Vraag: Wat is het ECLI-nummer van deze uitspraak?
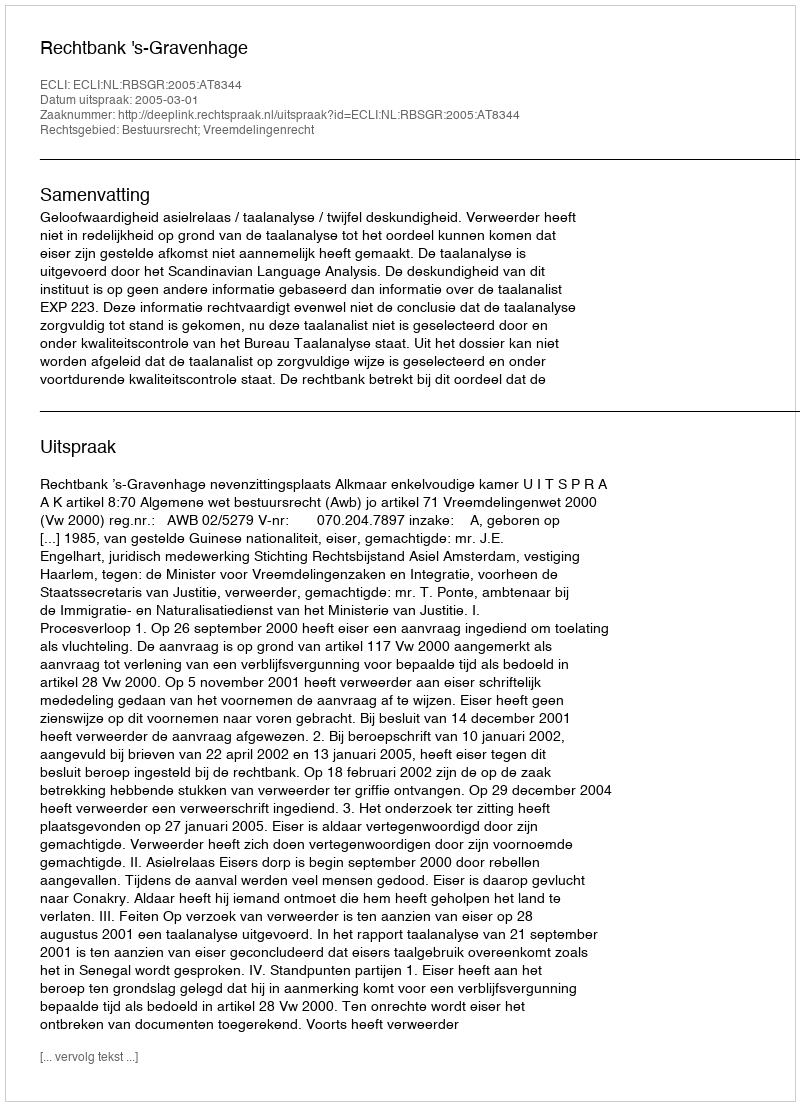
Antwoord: ECLI:NL:RBSGR:2005:AT8344